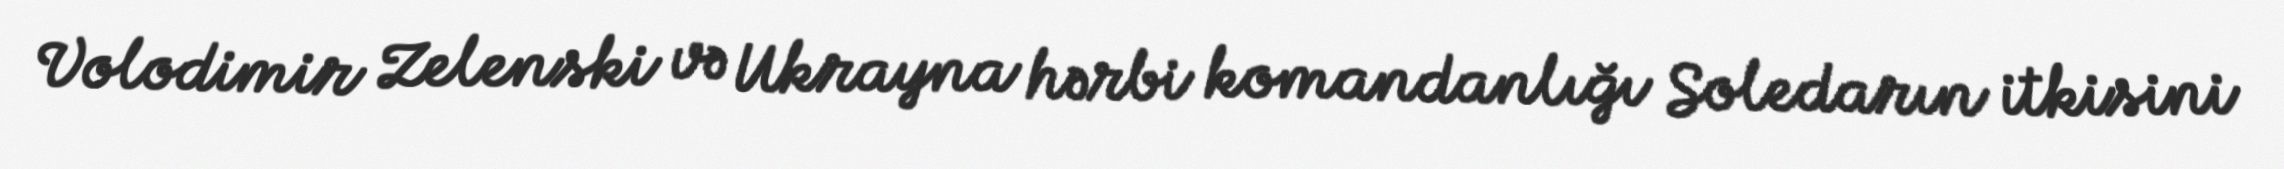
Volodimir Zelenski və Ukrayna hərbi komandanlığı Soledarın itkisini